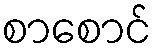
စာစောင်